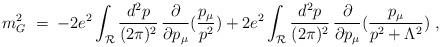
LaTeX: \begin{align*}m^2_G\;=\; - 2 e^2 \int_{{\mathcal R}} \frac{d^2p}{(2\pi)^2}\,\frac{\partial}{\partial p_\mu} (\frac{p_\mu}{p^2}) + 2 e^2 \int_{{\mathcal R}} \frac{d^2p}{(2\pi)^2}\,\frac{\partial}{\partial p_\mu} (\frac{p_\mu}{p^2+\Lambda^2})\;,\end{align*}